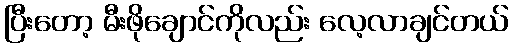
ပြီးတော့ မီးဖိုချောင်ကိုလည်း လေ့လာချင်တယ်